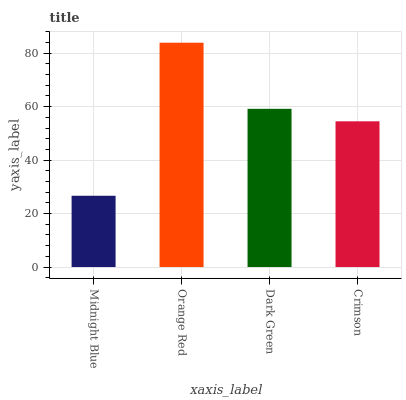
| xaxis_label | bars |
 | --- | --- |
 | Midnight Blue | 26.7 |
 | Orange Red | 83.9 |
 | Dark Green | 59.2 |
 | Crimson | 54.5 |